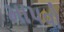
માપવો